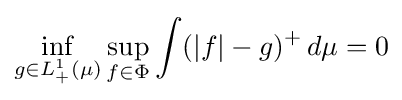
\inf _{g\in L_{+}^{1}(\mu )}\sup _{f\in \Phi }\int (|f|-g)^{+}\,d\mu =0